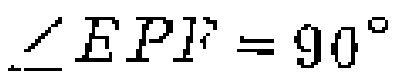
$\angle EPF = 90^{\circ}$